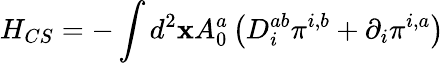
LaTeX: H_{CS}=-\int d^{2}{\mathbf x}A_{0}^{a}\left(D_{i}^{ab}\pi^{i,b}+\partial_{i}\pi^{i,a}\right)